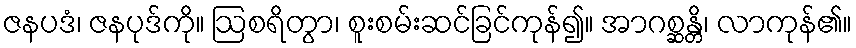
ဇနပဒံ၊ ဇနပုဒ်ကို။ ဩစရိတွာ၊ စူးစမ်းဆင်ခြင်ကုန်၍။ အာဂစ္ဆန္တိ၊ လာကုန်၏။